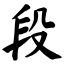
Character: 段